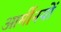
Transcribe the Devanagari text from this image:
आर्मीनयों